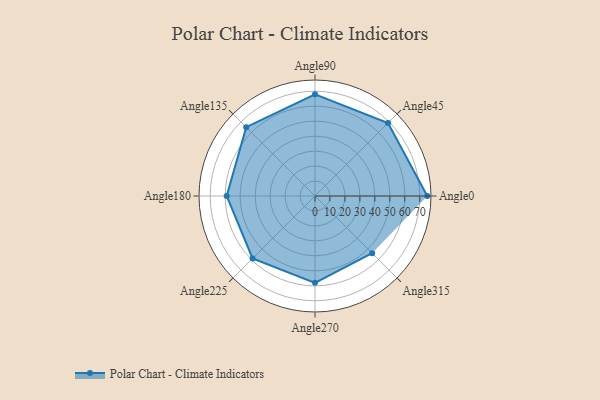
{"axis": {"x": "Angle", "y": "Radius"}, "legend": [""], "data": [{"x": "Angle0", "y": 75.0, "type": ""}, {"x": "Angle45", "y": 69.0, "type": ""}, {"x": "Angle90", "y": 68.0, "type": ""}, {"x": "Angle135", "y": 65.0, "type": ""}, {"x": "Angle180", "y": 59.0, "type": ""}, {"x": "Angle225", "y": 59.0, "type": ""}, {"x": "Angle270", "y": 58.0, "type": ""}, {"x": "Angle315", "y": 54.0, "type": ""}]}